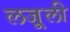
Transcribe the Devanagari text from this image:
लजू़ली